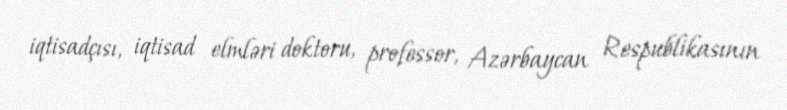
iqtisadçısı, iqtisad elmləri doktoru, professor, Azərbaycan Respublikasının